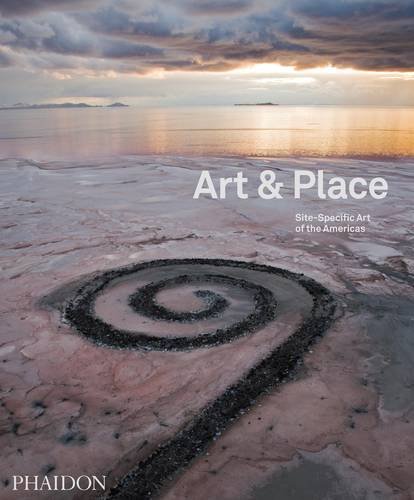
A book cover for Art & Place: Site-Specific Art of the Americas; Editors of Phaidon; Arts & Photography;